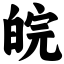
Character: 皖